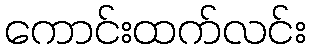
ကောင်းထက်လင်း